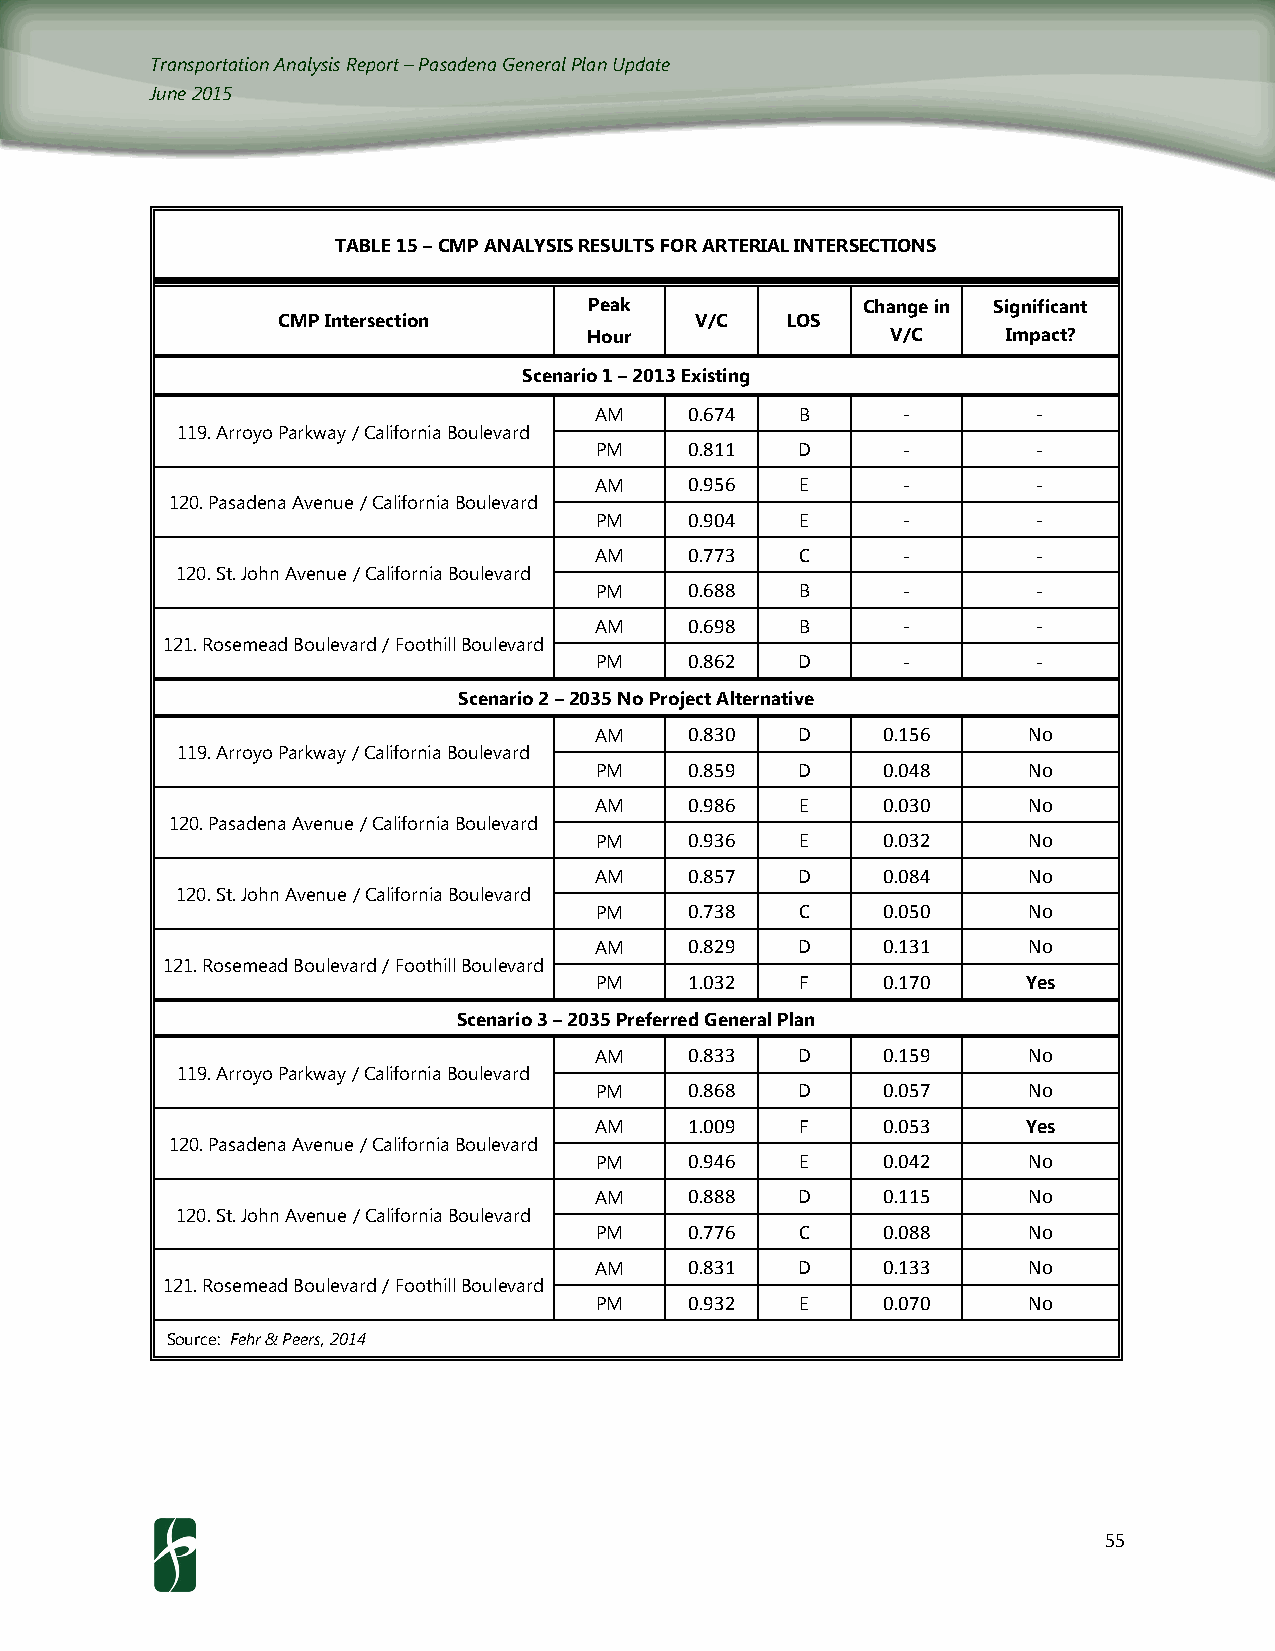
Transportation Analysis Report – Pasadena General Plan Update
 June 2015
 TABLE 15 – CMP ANALYSIS RESULTS FOR ARTERIAL INTERSECTIONS
 Peak              Change in Significant
 CMP Intersection            V/C   LOS
 Hour                V/C     Impact?
 Scenario 1 – 2013 Existing
 AM
 0.674  B
 -        -
 119. Arroyo Parkway / California Boulevard
 PM
 0.811  D
 -        -
 AM
 0.956  E
 -        -
 120. Pasadena Avenue / California Boulevard
 PM
 0.904  E
 -        -
 AM
 0.773  C
 -        -
 120. St. John Avenue / California Boulevard
 PM
 0.688  B
 -        -
 AM
 0.698  B
 -        -
 121. Rosemead Boulevard / Foothill Boulevard
 PM
 0.862  D
 -        -
 Scenario 2 – 2035 No Project Alternative
 AM
 0.830  D    0.156     No
 119. Arroyo Parkway / California Boulevard
 PM
 0.859  D    0.048     No
 AM
 0.986  E    0.030     No
 120. Pasadena Avenue / California Boulevard
 PM
 0.936  E    0.032     No
 AM
 0.857  D    0.084     No
 120. St. John Avenue / California Boulevard
 PM
 0.738  C    0.050     No
 AM
 0.829  D    0.131     No
 121. Rosemead Boulevard / Foothill Boulevard
 PM
 1.032  F    0.170     Yes
 Scenario 3 – 2035 Preferred General Plan
 AM
 0.833  D    0.159     No
 119. Arroyo Parkway / California Boulevard
 PM
 0.868  D    0.057     No
 AM
 1.009  F    0.053     Yes
 120. Pasadena Avenue / California Boulevard
 PM
 0.946  E    0.042     No
 AM
 0.888  D    0.115     No
 120. St. John Avenue / California Boulevard
 PM
 0.776  C    0.088     No
 AM
 0.831  D    0.133     No
 121. Rosemead Boulevard / Foothill Boulevard
 PM
 0.932  E    0.070     No
 Source: Fehr & Peers, 2014
 55